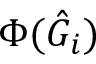
\Phi ( \hat { G } _ { i } )